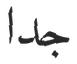
جدا